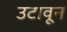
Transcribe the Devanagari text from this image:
उटावून